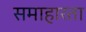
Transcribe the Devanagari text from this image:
समाहारता